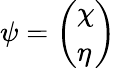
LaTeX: \psi={\left(\begin{array}{l}{\chi}\\ {\eta}\end{array}\right)}